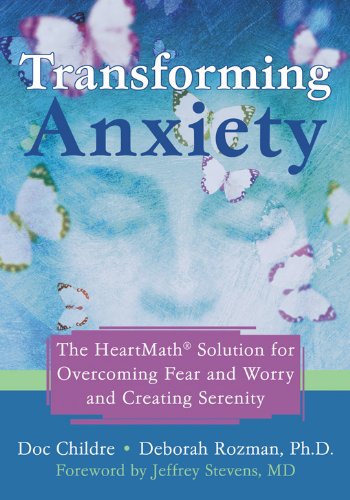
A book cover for Transforming Anxiety: The HeartMathÂ« Solution for Overcoming Fear and Worry and Creating Serenity; Doc Childre; Health, Fitness & Dieting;